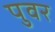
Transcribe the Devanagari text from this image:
पुवर